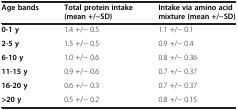
<table><thead><tr><td><b>Age bands</b></td><td><b>Total protein intake (mean +/−SD)</b></td><td><b>Intake via amino acid mixture (mean +/−SD)</b></td></tr></thead><tbody><tr><td><b>0-1 y</b></td><td>1.4 +/− 0.5</td><td>1.1 +/− 0.1</td></tr><tr><td><b>2-5 y</b></td><td>1.5 +/− 0.5</td><td>0.9 +/− 0.4</td></tr><tr><td><b>6-10 y</b></td><td>1.0 +/− 0.6</td><td>0.8 +/− 0.36</td></tr><tr><td><b>11-15 y</b></td><td>0.9 +/− 0.6</td><td>0.7 +/− 0.37</td></tr><tr><td><b>16-20 y</b></td><td>0.6 +/− 0.3</td><td>0.7 +/− 0.37</td></tr><tr><td><b>&gt;20 y</b></td><td>0.5 +/− 0.2</td><td>0.8 +/− 0.15</td></tr></tbody></table>